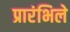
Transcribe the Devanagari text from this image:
प्रारंभिले